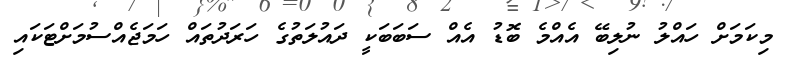
މިކަމަށް ހައްލު ނުލިބޭ އެއްމެ ބޮޑު އެއް ސަބަބަކީ ދައުލަތުގެ ހަރަދުތައް ހަމަޖެއްސުމަށްޓަކައި